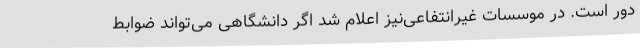
دور است. در موسسات غیرانتفاعی‌نیز اعلام شد اگر دانشگاهی می‌تواند ضوابط